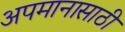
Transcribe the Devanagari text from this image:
अपमानासाठी